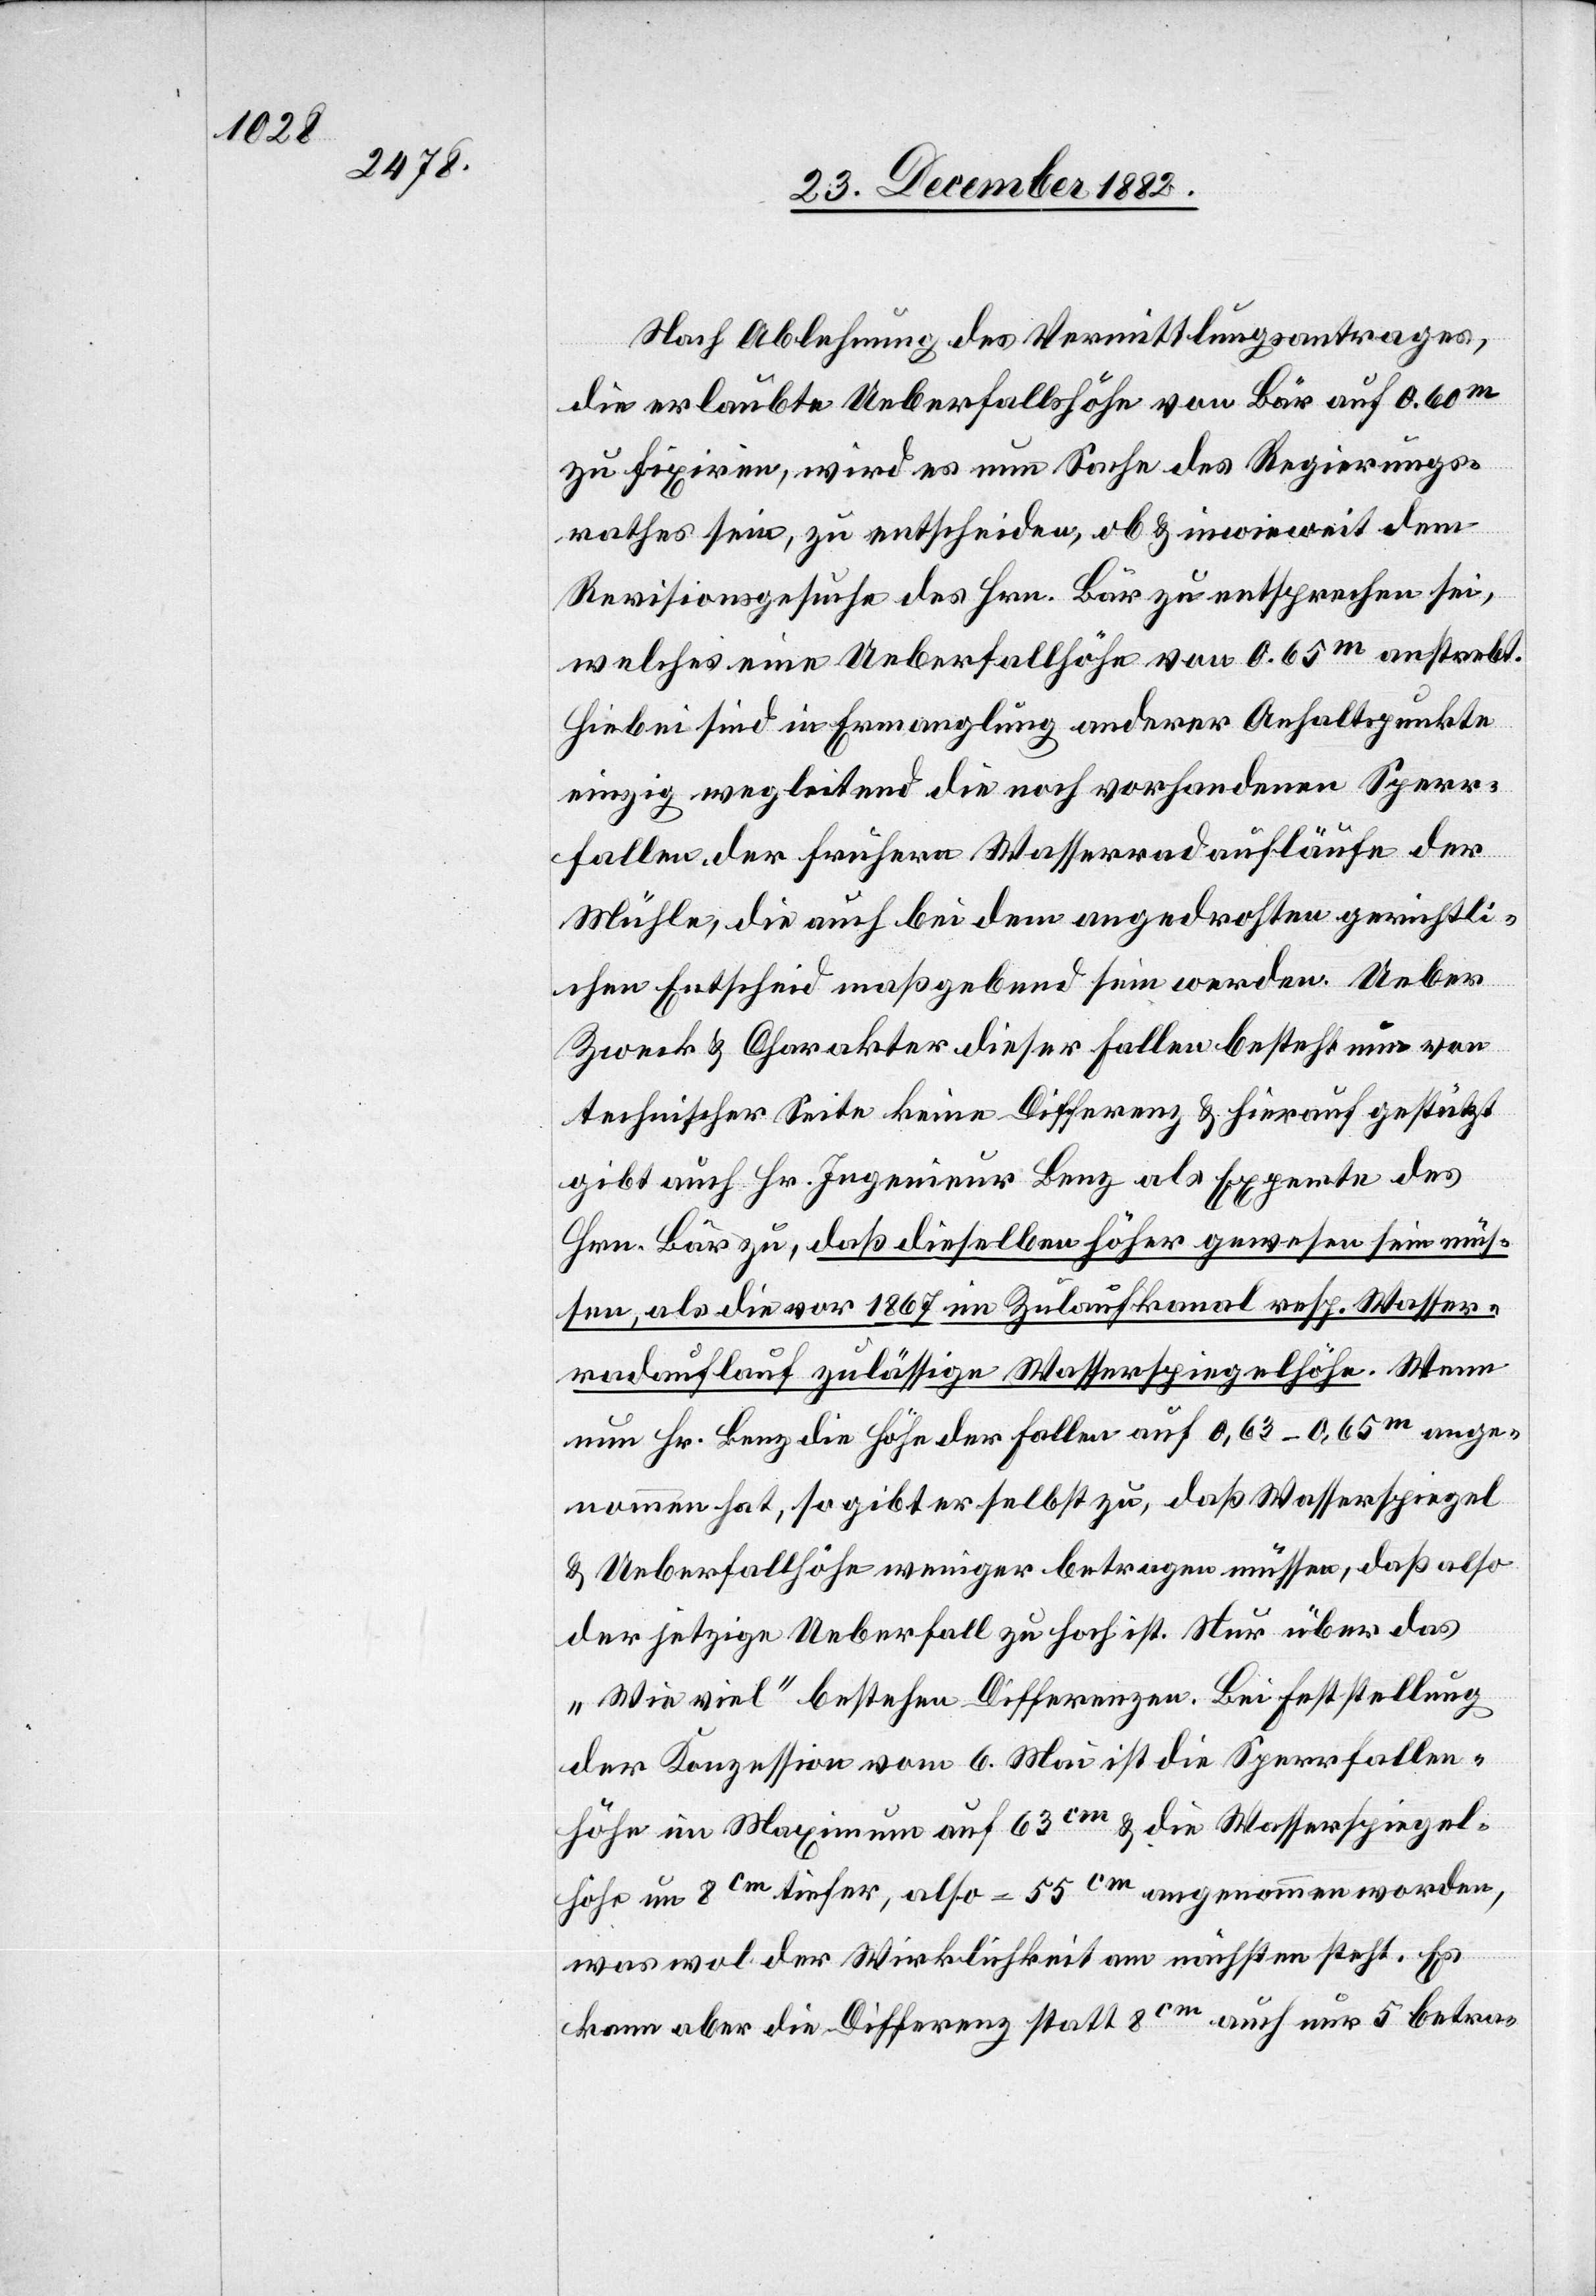
Nach Ablehnung des Vermittlungsantrages,
die erlaubte Ueberfallshöhe von Bär auf 0.60m
zu fixiren, wird es nun Sache des Regierungs¬
rathes sein, zu entscheiden, ob & inwieweit dem
Revisionsgesuches des Hrn. Bär zu entsprechen sei,
welches eine Ueberfallhöhe von 0.65m anstrebt.
Hiebei sind in Ermangelung anderer Anhaltspunkte
einzig wegleitend die noch vorhandenen Sperr¬
fallen der frühern Wasserradaufläufe der
Mühle, die auch bei dem angedrohten gerichtli¬
chen Entscheid maßgebend sein werden. Ueber
Zweck & Charakter dieser Fallen besteht nun von
technischer Seite keine Differenz & hierauf gestützt
gibt auch Hr. Ingenieur Benz als Experte des
Hrn. Bär zu, daß dieselben höher gewesen sein müs¬
sen, als die vor 1867 im Zulaufkanal resp. Wasser¬
radauflauf zulässige Wasserspiegelhöhe. Wenn
nun Hr. Benz die Höhe der Fallen auf 0,63–0,65m ange¬
nommen hat, so gibt er selbst zu, daß Wasserspiegel
& Ueberfallhöhe weniger betragen müssen, daß also
der jetzige Ueberfall zu hoch ist. Nur über das
„Wie viel“ bestehen Differenzen. Bei Feststellung
der Konzession vom 6. Mai ist die Sperrfallen¬
höhe im Maximum auf 63cm & die Wasserspiegel¬
höhe um 8cm tiefer, also = 55cm angenommen worden,
was wol der Wirklichkeit am nächsten steht. Es
kann aber die Differenz statt 8cm auch nur 5 betra-